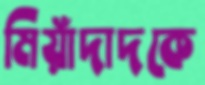
মিয়াঁদাদকে